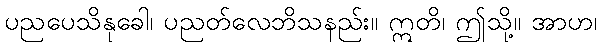
ပညပေသိနုခေါ၊ ပညတ်လေဘိသနည်း။ ဣတိ၊ ဤသို့။ အာဟ၊